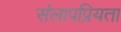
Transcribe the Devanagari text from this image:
संलापप्रियता